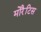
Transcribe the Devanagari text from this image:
मोरैटिस